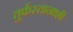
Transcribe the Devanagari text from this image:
तुर्कस्तानाशी